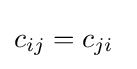
c_{ij}=c_{ji}\